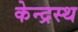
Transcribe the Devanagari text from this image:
केन्द्रस्थ